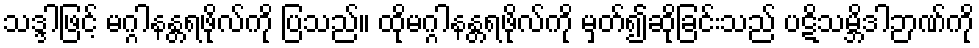
သဒ္ဒါဖြင့် မဂ္ဂါနန္တရဖိုလ်ကို ပြသည်။ ထိုမဂ္ဂါနန္တရဖိုလ်ကို မှတ်၍ဆိုခြင်းသည် ပဋိသမ္ဘိဒါဉာဏ်ကို